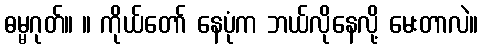
ဓမ္မဂုတ်။ ။ ကိုယ်တော် နေပုံက ဘယ်လိုနေလို့ မေးတာလဲ။